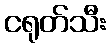
ငရုတ်သီး